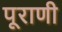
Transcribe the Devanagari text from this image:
पूराणी